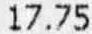
17.75